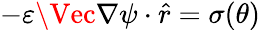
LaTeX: -\varepsilon\Vec{\nabla}\psi\cdot\hat{r}=\sigma(\theta)